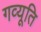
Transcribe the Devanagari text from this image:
गव्यूति